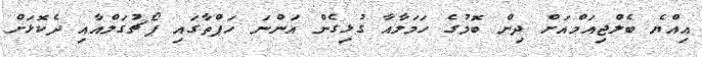
އިއްޔެ ބެލްޖިއަމްއަށް ދިން ބޮމުގެ ހަމަލާއާ ގުޅިގެން އަންނަ ހަފްތާގައި ޕޯޗުގަލްއާއި ދެކޮޅަށް